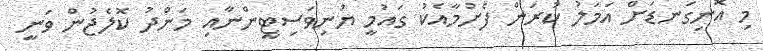
މި އޮނިގަނޑަށް އަމަލު ކުރަން ފެށުމާއެކު ގައުމީ ޔުނިވަސިޓީންނާއި މަންދު ކޮލެޖުން ވަނީ